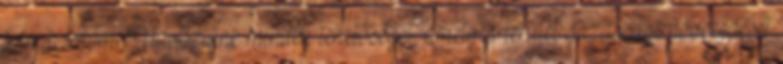
tolmácsolom. “Üdvözlünk minden lehetőséget, amely a terület gazdasági növekedését